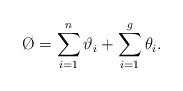
LaTeX: \begin{align*}\O=\sum_{i=1}^{n}{\vartheta_{i}}+\sum_{i=1}^{g}{\theta_{i}}.\end{align*}